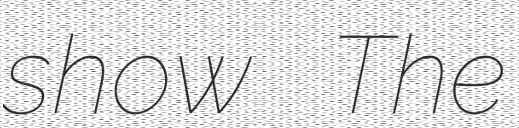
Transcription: show The